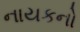
નાયકનો